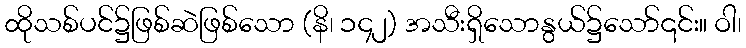
ထိုသစ်ပင်၌ဖြစ်ဆဲဖြစ်သော (နိ၊ ၁၄၂) အသီးရှိသောနွယ်၌သော်၎င်း။ ဝါ၊